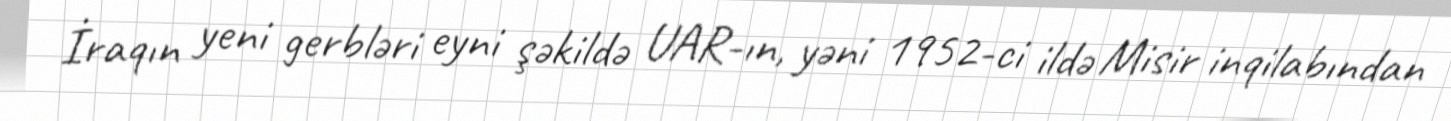
İraqın yeni gerbləri eyni şəkildə UAR-ın, yəni 1952-ci ildə Misir inqilabından